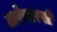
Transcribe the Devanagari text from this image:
तारेसारखी